NAE_EAA_P-1039_Kommunismi_Majak_kalurikolhoos, lk 5
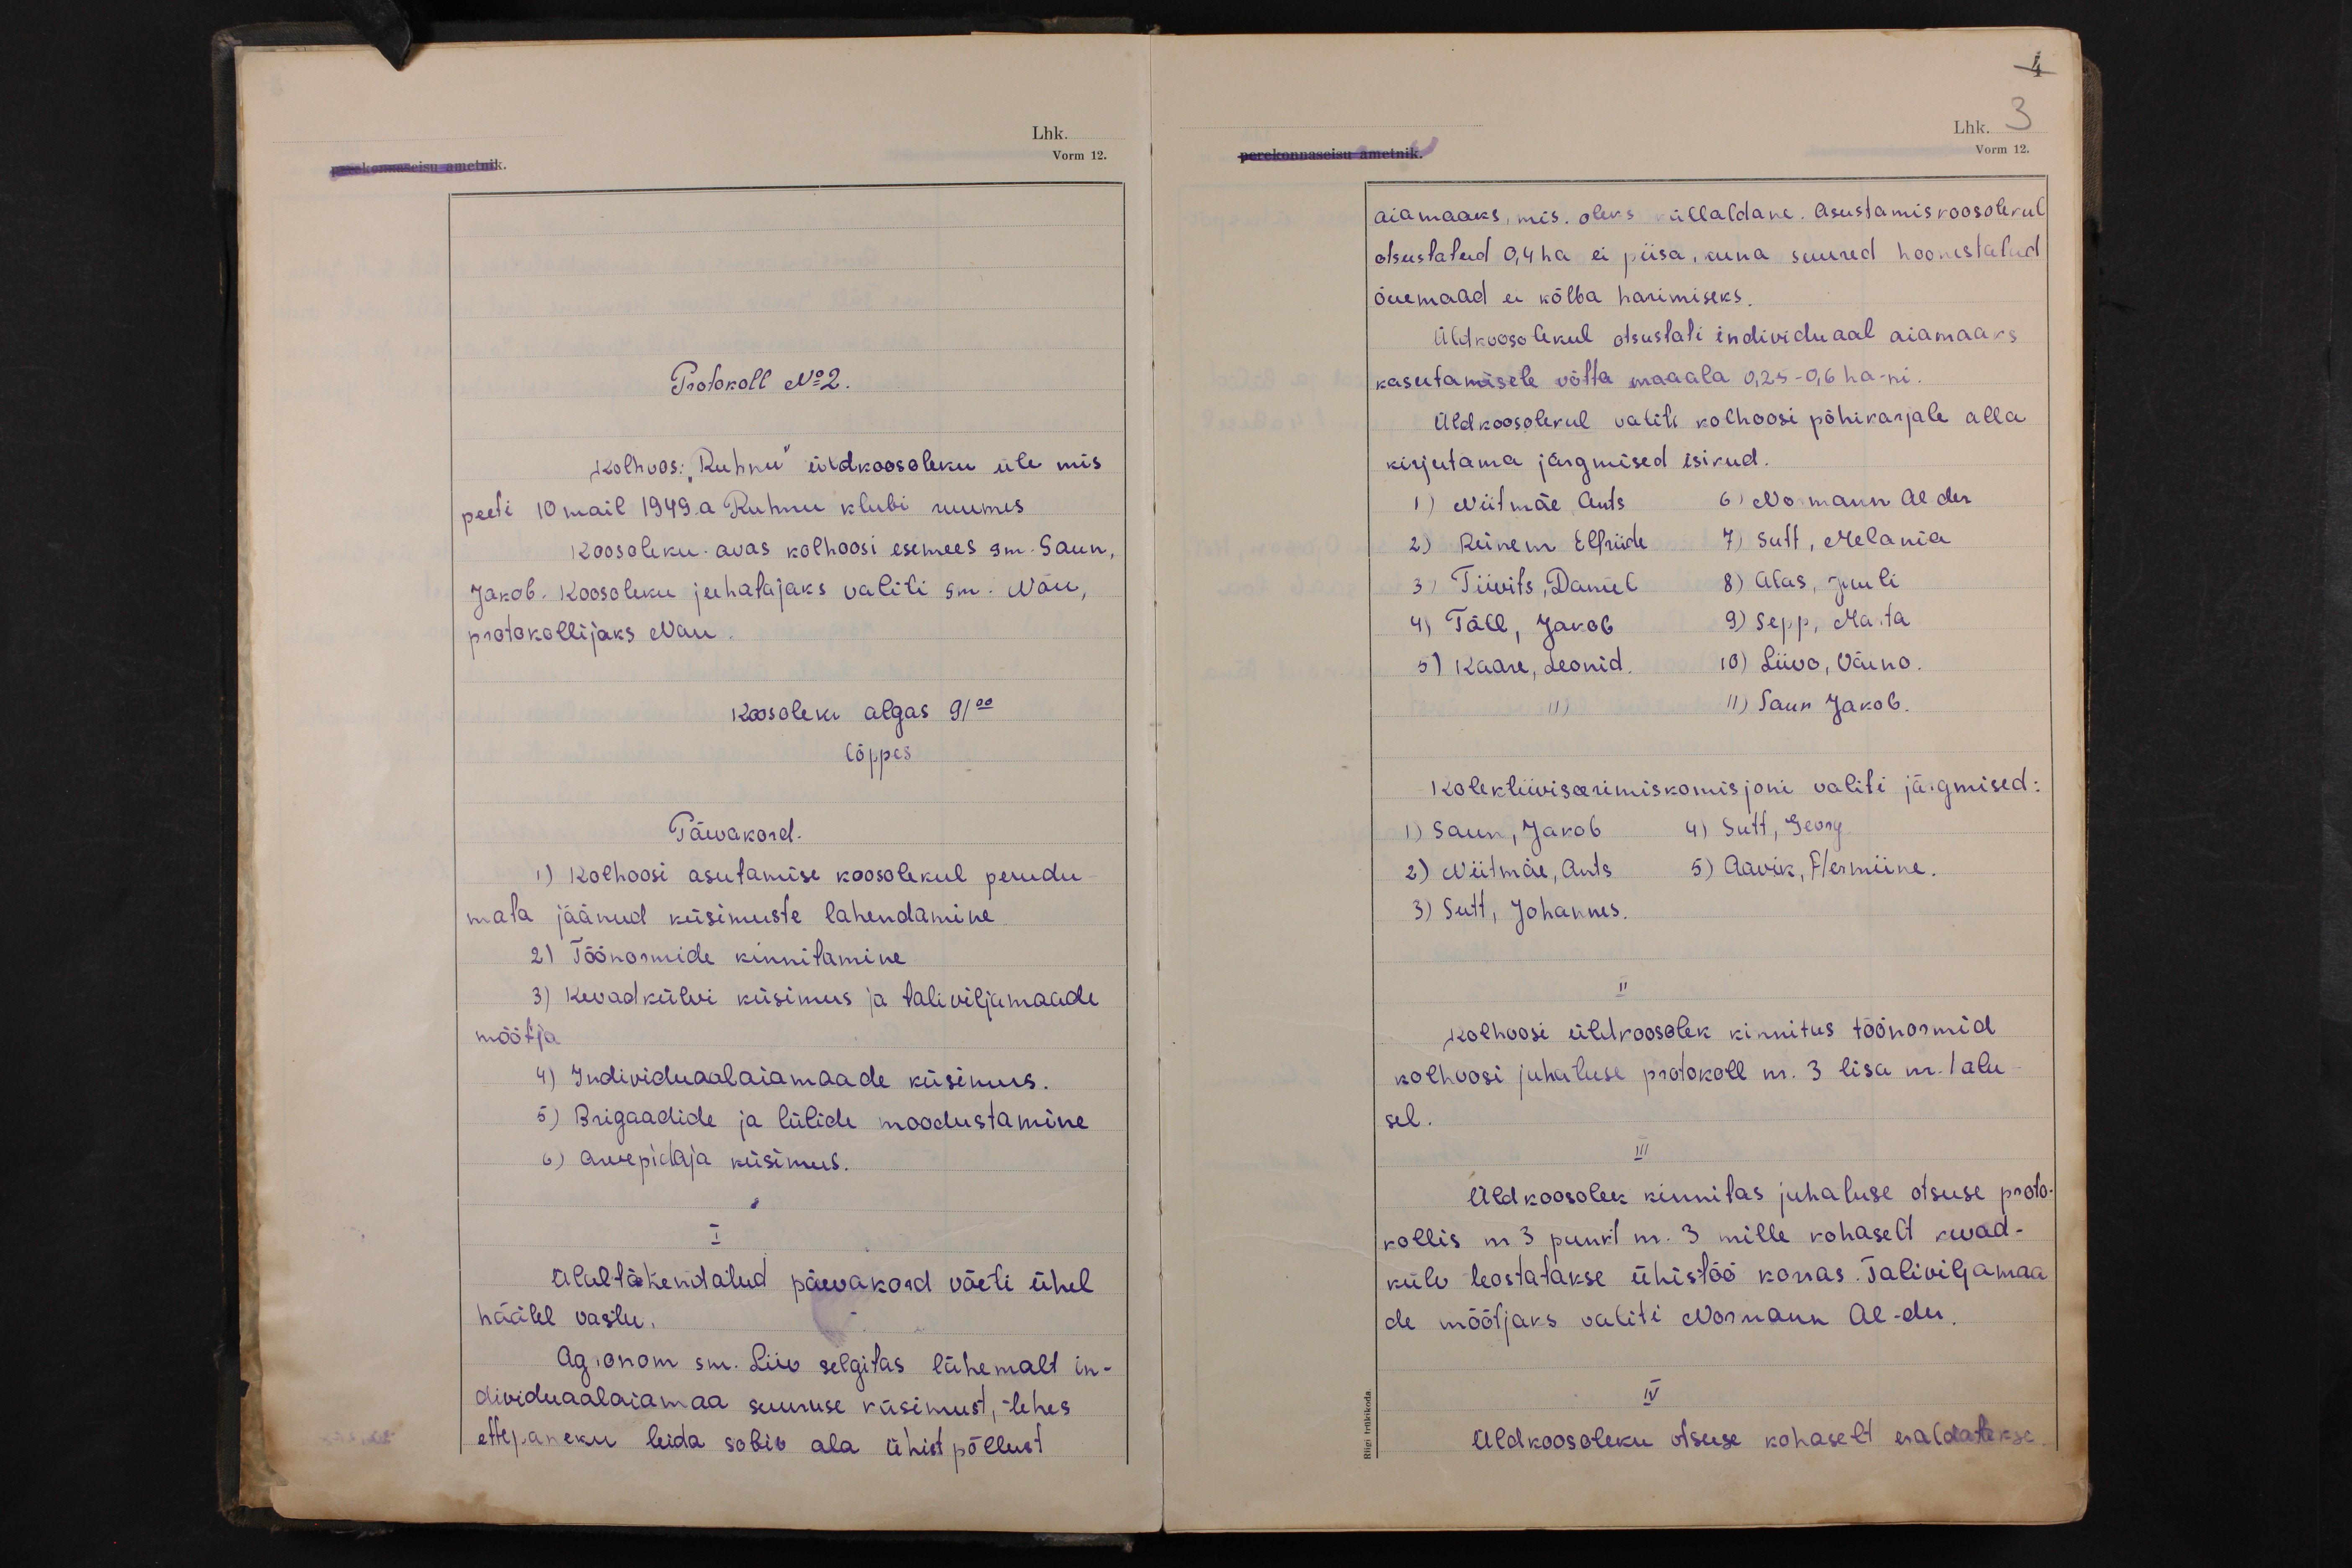
4
Lhk. 3
perekonnaseisu ametnik.
Vorm 12.

Protokoll No 2.
Kolhoos: "Ruhnu" üldkoosoleku üle mis
peeti 10 mail 1949.a Ruhnu klubi ruumes
Koosoleku avas kolhoosi esimees sm. Saun,
Jakob. Koosoleku juhatajaks valiti sm. Nõu,
protokollijaks Nau.
Koosolek algas 9/00
lõppes
Päevakord.
1) Kolhoosi asutamise koosolekul puudu-
mata jäänud küsimuste lahendamine
2) Töönormide kinnitamine
3) Kevadkülvi küsimus ja taliviljamaade
mõõtja
4) Individuaalaiamaade küsimus.
5) Brigaadide ja lülide moodustamine
6) arvepidaja küsimus.
I
Ülaltähendatud päevakord võeti ühel
häälel vastu.
Agronom sm. Liiv selgitas lähemalt in-
dividuaalaiamaa suuruse küsimust, tehes
ettepaneku leida sobiv ala ühist põllust

aiamaaks, mis oleks küllaldane. Asustamiskoosolekul
otsustatud 0,4 ha ei piisa, kuna suured hoonestatud
õuemaad ei kõlba harimiseks.
Üldkoosolekul otsustati individuaal aiamaaks
kasutamisele võtta maaala 0,25-06 ha-ni.
Üldkoosolekul valiti kolhoosi põhikarjale alla
kirjutama järgmised isikud.
1) Niitmäe, Ants 6) Normann Al-der
2) Reinem Elfriide 7) Sutt, Melania
3) Tiivits, Daniel 8) Alas, Juuli
4) Täll, Jakob 9) Sepp, Marta
5) Kaare, Leonid. 10) Liivo, Väino.
11) Saun Jakob.
Kolektiiviseerimiskomisjoni valiti järgmised:
1) Saun, Jakob 4) Sutt, Georg
2) Niitmäe, Ants 5) Aavik, Hermiine.
3) Sutt, Johannes.
II
Kolhoosi üldkoosolek kinnitas töönormid
kolhoosi juhatuse protokoll nr. 3 lisa nr.1 alu-
sel.
III
Üldkoosolek kinnitas juhatuse otsuse proto-
kollis nr 3 punkt nr. 3 mille kohaselt kevad-
külv teostatakse ühistöö korras. Taliviljamaa
de mõõtjaks valiti Normann Al-der.
IV
Üldkoosoleku otsuse kohaselt eraldatakse